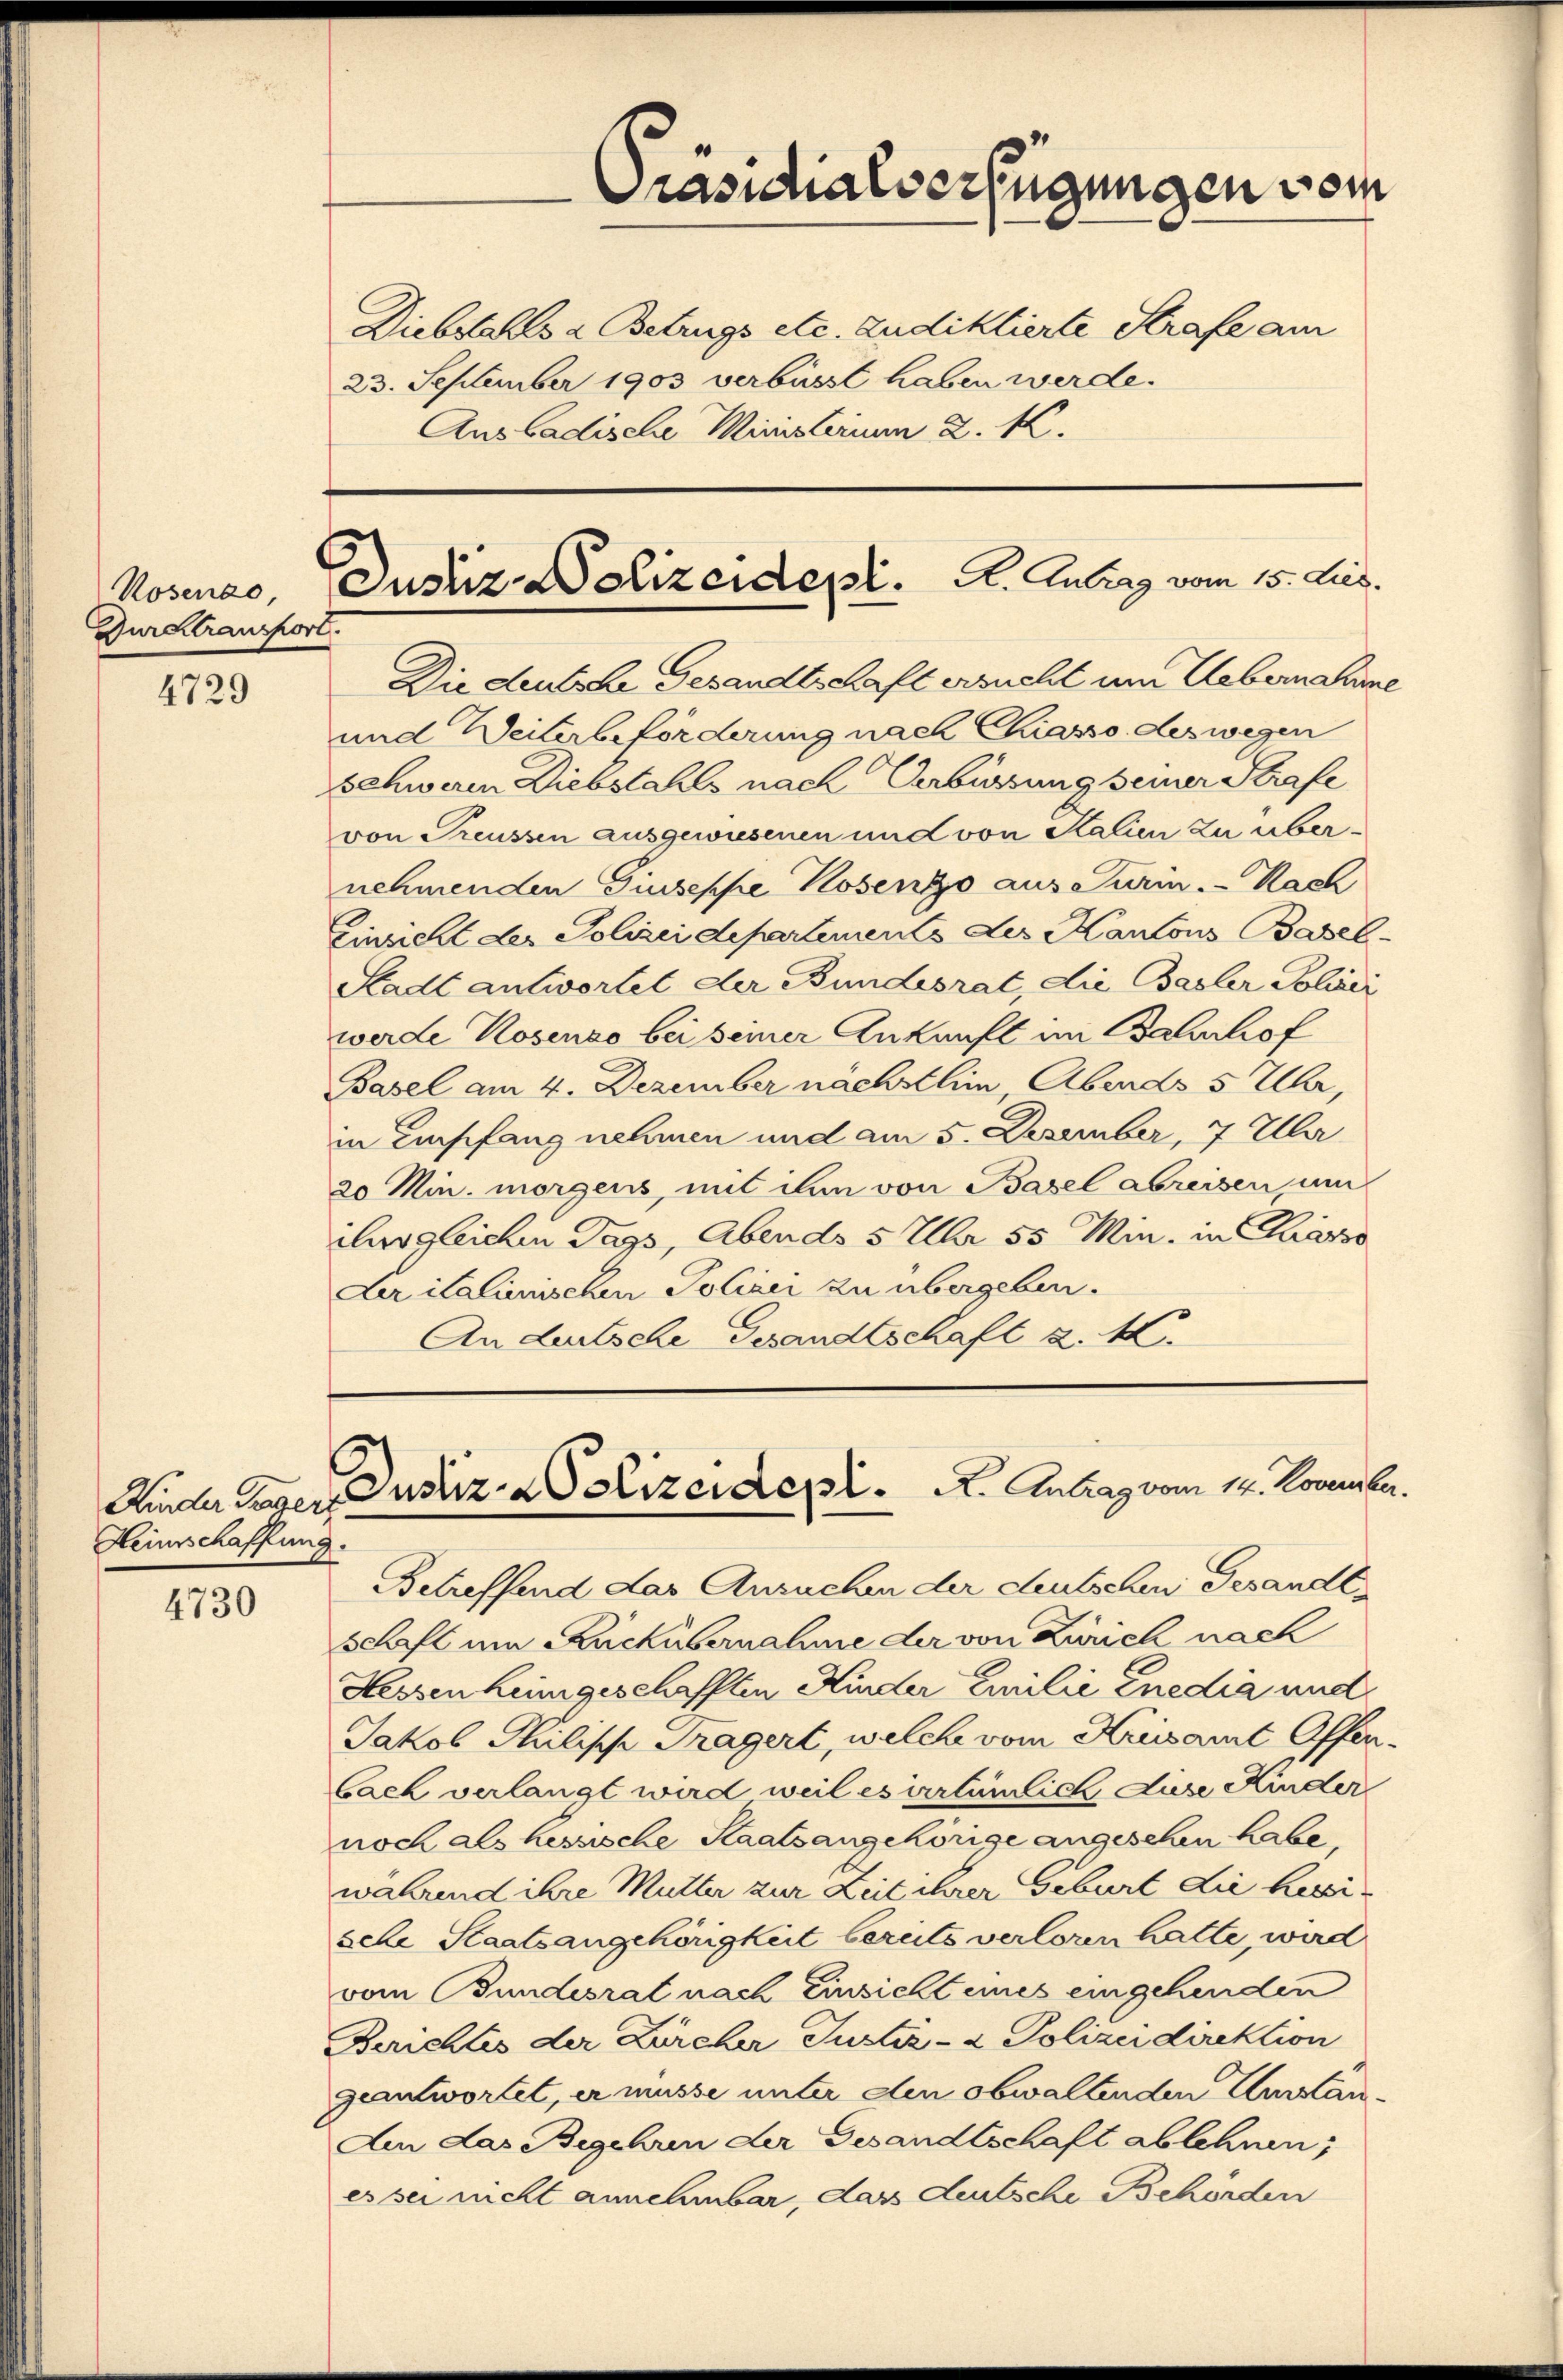
Rosenao,
Durstransport.

4729

Kinder Regert
Heimschaffung.

4730

Präsidialverfügungen vom
Diebstahls & Betrugs etc. Zudiktierte Strafe am
23. September 1903 verbüsst haben werde.
Aus Badische Ministerium d. M.

Justiz-Dolizeidept. A. Antrag vom 15. Jus

Die deutsche Gesandtschaft ersucht um Uebernahme
und Weiterbeförderung nach Chasso deswegen
Schweren Diebstahls nach Verbüssung seiner Strafe
von Preussen ausgewiesenen und von Kalien zu übernehmenden Guseppe Hosenso aus Turin. - Kach
Einsicht der Polizeidepartements des Kantons Basel
Stadt antwortet der Bundesrat, die Basler Polizei
werde Rosenso bei seiner Ankunft im Bahnhof
Basel am 4. Dezember nächsthin, Abends 5 Uhr,
in Empfang nehmen und am 5. Dezember, 7 Uhr
20 Min. morgens, mit ihn von Basel abreisen, um
ilus gleichen Tags, Abends 5 Uhr 55 Min. in Chiasso
Lr italienischen Polizei zu übergeben.
An dersche Gesandtschaft d. M.

Zustiz-Polizeidepl.   A. Antrag vom 14. November.

Betreffend das Ansuchen der deutschen Gesandt¬
Schaft um Rückübernahme der von Zürich nach
Hessenheimgeschafften Kinder Emilie Enedia und
Jakob Philische Tragert, welche vom Kreisamt Offenbach verlangt wird weil es irrtümlich Luse Kinder
noch als hessische Staatsangehörige angesehen habe
während ihre Mutter zur Zeit ihrer Geburt die herei
sele Staatsangehörigkeit bereits verloren hatte, wird
vom Bundesrat nach Einsicht eines eingehenden
Berichtes der Zürcher Justiz- & Polizeidirektion
geantwortet, er müsse unter den obwaltenden Umstan¬
Am das Begehren der Gesandtschaft ablehnen;
es sei nicht annehmbar, dass deutsche Behörden